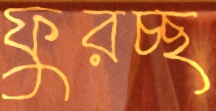
ফুরচ্ছ